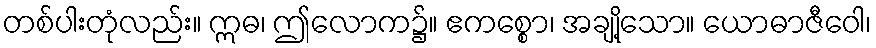
တစ်ပါးတုံလည်း။ ဣဓ၊ ဤလောက၌။ ဧကစ္စော၊ အချို့သော။ ယောဓာဇီဝေါ၊